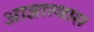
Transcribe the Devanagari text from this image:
आज्ञात्वास